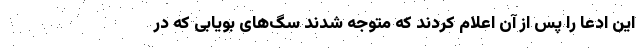
این ادعا را پس از آن اعلام کردند که متوجه شدند سگ‌های بویابی که در